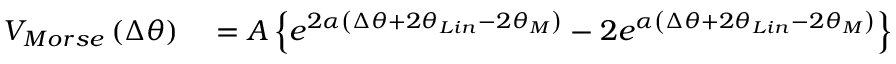
\begin{array} { r l } { { { V } _ { M o r s e } } \left( \Delta { { \theta } } \right) } & { { } = A \left\{ { { e } ^ { 2 \alpha \left( \Delta { { \theta } } + 2 { { \theta } _ { L i n } } - 2 \theta _ { M } \right) } } - 2 { { e } ^ { \alpha \left( \Delta { { \theta } } + 2 { { \theta } _ { L i n } } - 2 \theta _ { M } \right) } } \right\} } \end{array}